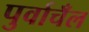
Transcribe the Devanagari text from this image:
पुर्वाचँल